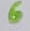
Text: 6